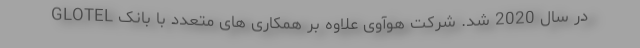
GLOTEL در سال 2020 شد. شرکت هوآوی علاوه بر همکاری های متعدد با بانک